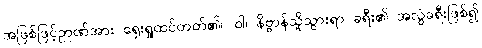
အဖြစ်ဖြင့်ဉာဏ်အား ရှေးရှုထင်တတ်၏။ ဝါ၊ နိဗ္ဗာန်သို့သွားရာ ခရီး၏ အလွဲခရီးဖြစ်၍